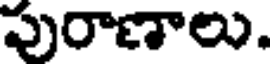
పురాణాలు.